Insane asylums Bombay 1873-77 - 1873-1877
Year: 1873
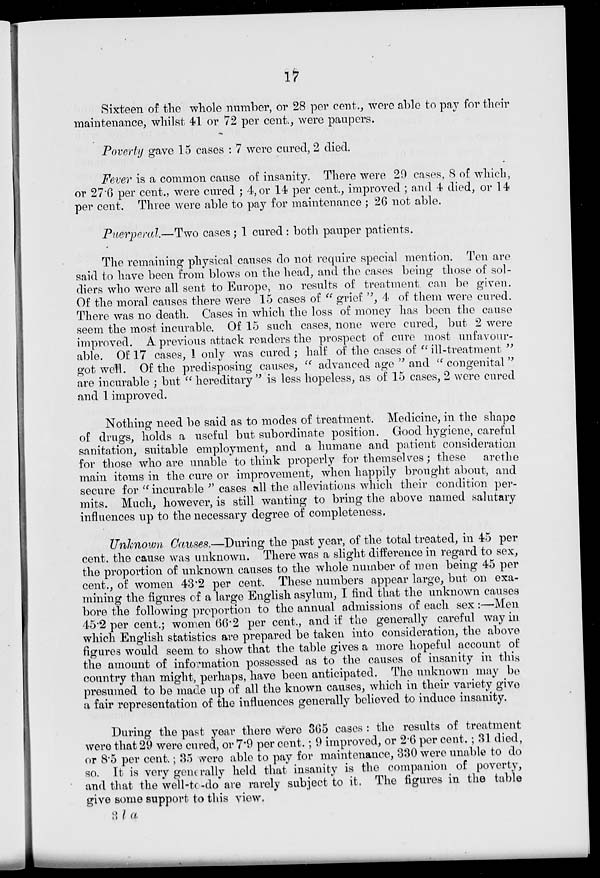
17
Sixteen of the whole number, or 28 per cent., were able to pay for their
maintenance, whilst 41 or 72 per cent., were paupers.
Poverty gave 15 cases : 7 were cured, 2 died.
Fever is a common cause of insanity. There were 29 cases, 8 of which,
or 27.6 per cent., were cured ; 4,or 14 per cent., improved ; and 4 died, or 14
per cent. Three were able to pay for maintenance ; 26 not able.
Puerperal.—Two cases ; 1 cured : both pauper patients.
The remaining physical causes do not require special mention. Ten are
said to have been from blows on the head, and the cases being those of sol-
diers who were all sent to Europe, no results of treatment can be given.
Of the moral causes there were 15 cases of " grief ", 4 of them were cured.
There was no death. Cases in which the loss of money has been the cause
seem the most incurable. Of 15 such cases, none were cured, but 2 were
improved. A previous attack renders the prospect of cure most unfavour-
able. Of 17 cases, 1 only was cured; half of the cases of "ill-treatment "
got well. Of the predisposing causes, " advanced age " and " congenital "
are incurable ; but " hereditary " is less hopeless, as of 15 cases, 2 were cured
and 1 improved.
Nothing need be said as to modes of treatment. Medicine, in the shape
of drugs, holds a useful but subordinate position. Good hygiene, careful
sanitation, suitable employment, and a humane and patient consideration
for those who are unable to think properly for themselves; these
arethe
main items in the cure or improvement, when happily brought about, and
secure for " incurable " cases all the alleviations which their condition per-
mits. Much, however, is still wanting to bring the above named salutary
influences up to the necessary degree of completeness.
Unknown Causes.—During the past year, of the total treated, in 45 per
cent. the cause was unknown. There was a slight difference in regard to sex,
the proportion of unknown causes to the whole number of men being 45 per
cent., of women 43.2 per cent. These numbers appear large, but on exa-
mining the figures of a large English asylum, I find that the unknown causes
bore the following proportion to the annual admissions of each sex :—Men
45.2 per cent.; women 66.2 per cent., and if the generally careful way in
which English statistics are prepared be taken into consideration, the above
figures would seem to show that the table gives a more hopeful account of
the amount of information possessed as to the causes of insanity in this
country than might, perhaps, have been anticipated. The unknown may be
presumed to be made up of all the known causes, which in their variety give
a fair representation of the influences generally believed to induce insanity.
During the past year there were 365 cases : the results of treatment
were that 29 were cured, or 7.9 per cent. ; 9 improved, or 2.6 per cent. ; 31 died,
or 8.5 per cent.; 35 were able to pay for maintenance, 330 were unable to do
so. It is very generally held that insanity is the companion of poverty,
and that the well-to -do are rarely subject to it. The figures in the table
give some support to this view.
3 l a